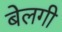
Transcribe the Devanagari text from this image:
बेलगी